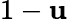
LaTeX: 1-\mathbf{u}